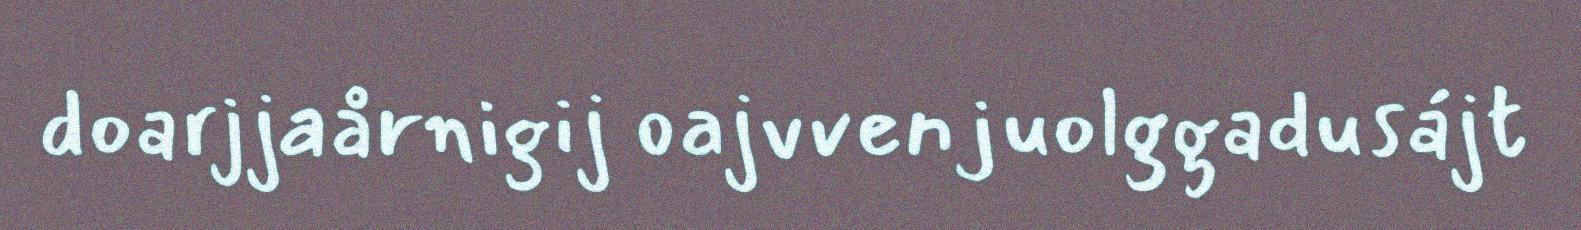
doarjjaårnigij oajvvenjuolggadusájt